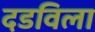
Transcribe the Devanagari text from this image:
दडविला